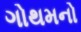
ગોથમનો